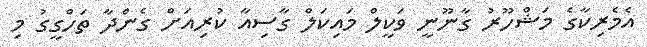
އެމެރިކާގެ މަޝްހޫރު ގާނޫނީ ވަކީލް މައިކަލް ގާސިއާ ކުރިއަށް ގެންދާ ތަހްގީގު މި